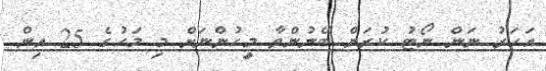
އަހަރު ނަން ނޯޓު ކުރަން ބޭނުންވާ މީހުންނަށް މި މަހުގެ 25 އިން